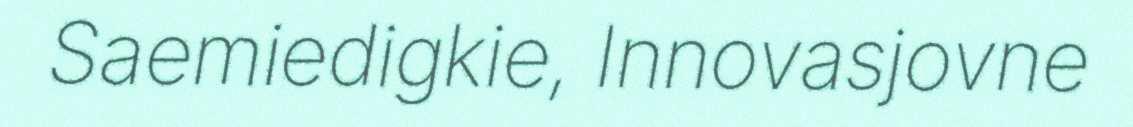
Saemiedigkie, Innovasjovne